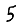
Digit: 5